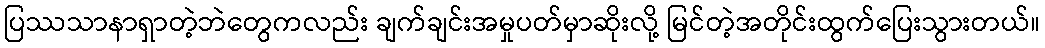
ပြဿသာနာရှာတဲ့ဘဲတွေကလည်း ချက်ချင်းအမှုပတ်မှာဆိုးလို့ မြင်တဲ့အတိုင်းထွက်ပြေးသွားတယ်။